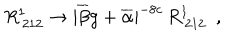
LaTeX: R _ { \: 2 1 2 } ^ { 1 } \rightarrow | \overline { { { \beta } } } g + \overline { { { \alpha } } } | ^ { - 8 c } \, R _ { \: 2 1 2 } ^ { 1 } ~ ~ ,